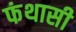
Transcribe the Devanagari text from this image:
फंथासी